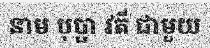
នាម បុប្ផា វតី ជាមួយ